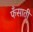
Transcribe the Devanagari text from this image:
फँसाती